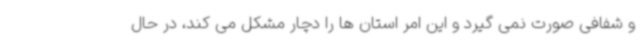
و شفافی صورت نمی گیرد و این امر استان ها را دچار مشکل می کند، در حال